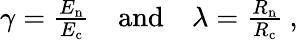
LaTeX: \begin{array}{r}{\gamma=\frac{E_{\mathrm{n}}}{E_{\mathrm{c}}}\quad\mathrm{and}\quad\lambda=\frac{R_{\mathrm{n}}}{R_{\mathrm{c}}}\: ,}\end{array}